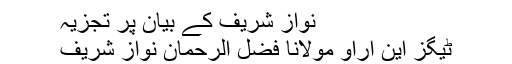
نواز شریف کے بیان پر تجزیہ
ٹیگز این آراو مولانا فضل الرحمان نواز شریف